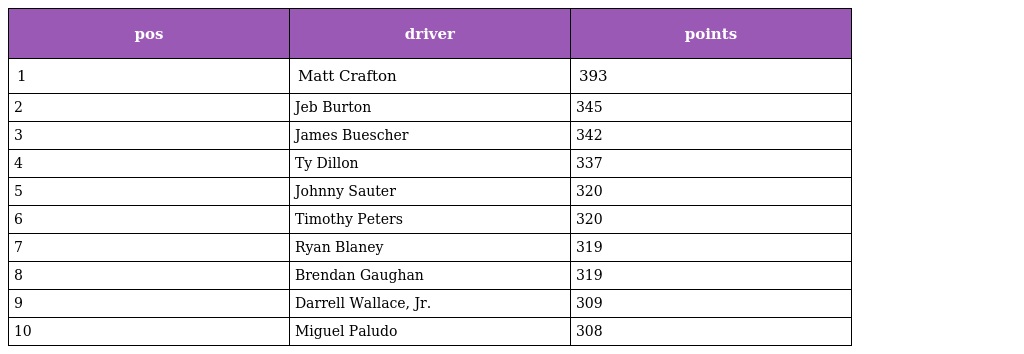
| pos | driver | points |
 | --- | --- | --- |
 | 1 | Matt Crafton | 393 |
 | 2 | Jeb Burton | 345 |
 | 3 | James Buescher | 342 |
 | 4 | Ty Dillon | 337 |
 | 5 | Johnny Sauter | 320 |
 | 6 | Timothy Peters | 320 |
 | 7 | Ryan Blaney | 319 |
 | 8 | Brendan Gaughan | 319 |
 | 9 | Darrell Wallace, Jr. | 309 |
 | 10 | Miguel Paludo | 308 |